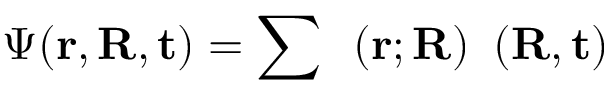
\Psi ( \bf r , \bf R , t ) = \sum _ { \alpha } { \phi _ { \alpha } ( \bf r ; \bf R ) } \chi _ { \alpha } ( \bf R , t )